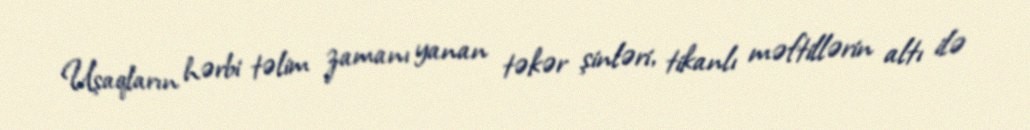
Uşaqların hərbi təlim zamanı yanan təkər şinləri, tikanlı məftillərin altı ilə